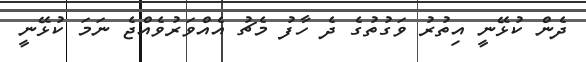
ދެން ކުޅޭނީ އިތުރު ވަގުތުގެ ދެ ހާފު މެޗު އެއްވަރުވެއްޖެ ނަމަ ކުޅޭނީ